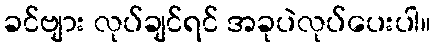
ခင်ဗျား လုပ်ချင်ရင် အခုပဲလုပ်ပေးပါ။